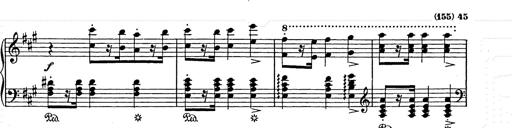
Title: Weihnachtsbaum
Composer: Franz Liszt